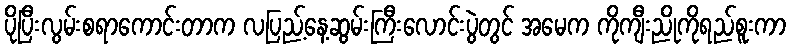
ပိုပြီးလွမ်းစရာကောင်းတာက လပြည့်နေ့ဆွမ်းကြီးလောင်းပွဲတွင် အမေက ကိုကျီးညိုကိုရည်စူးကာ